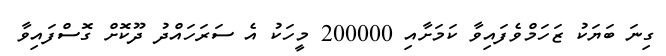
ގިނަ ބަޔަކު ޒަހަމްވެފައިވާ ކަމަށާއި 200000 މީހަކު އެ ސަރަހައްދު ދޫކޮށް ގޮސްފައިވާ